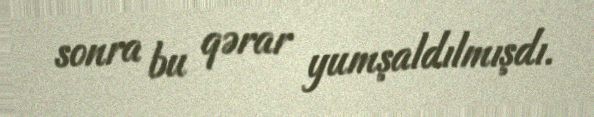
sonra bu qərar yumşaldılmışdı.